Civil Veterinary Department Bengal reports 1933-51 - 1933-1951
Year: 1933
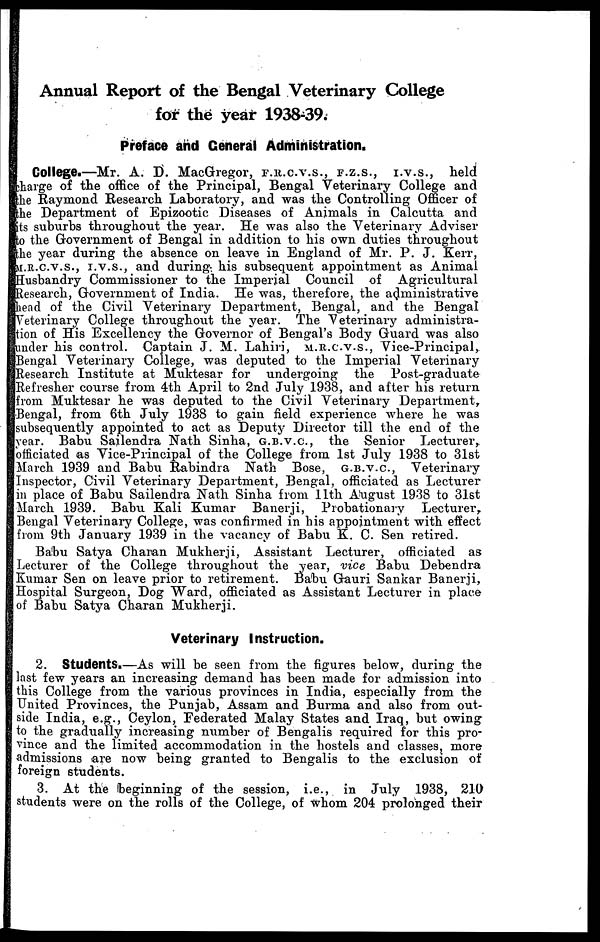
Annual Report of the Bengal Veterinary College
for the year 1938-39.
Preface and General Administration.
College.—Mr. A. D. MacGregor, F.R.C.V.S., F.Z.S., I.V.S., held
charge of the office of the Principal, Bengal Veterinary College and
the Raymond Research Laboratory, and was the Controlling Officer of
the Department of Epizootic Diseases of Animals in Calcutta and
its suburbs throughout the year. He was also the Veterinary Adviser
to the Government of Bengal in addition to his own duties throughout
the year during the absence on leave in England of Mr. P. J. Kerr,
M.R.C.V.S., I.V.S., and during his subsequent appointment as Animal
Husbandry Commissioner to the Imperial Council of Agricultural
Research, Government of India. He was, therefore, the administrative
head of the Civil Veterinary Department, Bengal, and the Bengal
Veterinary College throughout the year. The Veterinary administra-
tion of His Excellency the Governor of Bengal's Body Guard was also
under his control. Captain J. M. Lahiri, M.R.C.V.S., Vice-Principal,
Bengal Veterinary College, was deputed to the Imperial Veterinary
Research Institute at Muktesar for undergoing the Post-graduate
Refresher course from 4th April to 2nd July 1938, and after his return
from Muktesar he was deputed to the Civil Veterinary Department,
Bengal, from 6th July 1938 to gain field experience where he was
subsequently appointed to act as Deputy Director till the end of the
year. Babu Sailendra Nath Sinha, G.B.V.C, the Senior Lecturer,
officiated as Vice-Principal of the College from 1st July 1938 to 31st
March 1939 and Babu Rabindra Nath Bose, G.B.V.C, Veterinary
Inspector, Civil Veterinary Department, Bengal, officiated as Lecturer
in place of Babu Sailendra Nath Sinha from 11th August 1938 to 31st
March 1939. Babu Kali Kumar Banerji, Probationary
Lecturer,
Bengal Veterinary College, was confirmed in his appointment with effect
from 9th January 1939 in the vacancy of Babu K. C. Sen retired.
Babu Satya Charan Mukherji, Assistant Lecturer, officiated as
Lecturer of the College throughout the year, vice Babu Debendra
Kumar Sen on leave prior to retirement. Babu Gauri Sankar Banerji,
Hospital Surgeon, Dog Ward, officiated as Assistant Lecturer in place
of Babu Satya Charan Mukherji.
Veterinary Instruction.
2. Students.—As will be seen from the figures below, during the
last few years an increasing demand has been made for admission into
this College from the various provinces in India, especially from the
United Provinces, the Punjab, Assam and Burma and also from out-
side India, e.g., Ceylon, Federated Malay States and Iraq, but owing
to the gradually increasing number of Bengalis required for this pro-
vince and the limited accommodation in the hostels and classes, more
admissions are now being granted to Bengalis to the exclusion of
foreign students.
3. At the beginning of the session, i.e., in July 1938, 210
students were on the rolls of the College, of whom 204 prolonged their